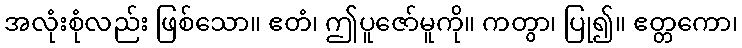
အလုံးစုံလည်း ဖြစ်သော။ ဧတံ၊ ဤပူဇော်မူကို။ ကတွာ၊ ပြု၍။ ဧတ္တကော၊